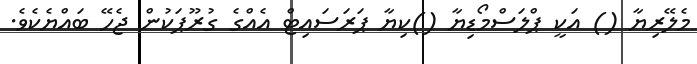
މެލޭރިޔާ () އަކީ ޕްލަސްމޯޑިޔާ ()ކިޔާ ޕަރަސައިޓް އެއްގެ ގުރޫޕަކުން ޖެހޭ ބައްޔެކެވެ.